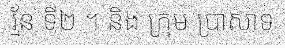
រ្ម័ន ទី២ ។ និង ក្រុម ប្រាសាទ